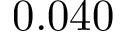
0 . 0 4 0